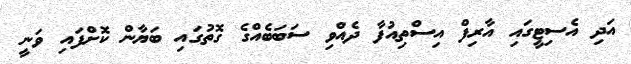
އަދި އެސިޓީގައި އާރިފް އިސްތިއުފާ ދެއްވި ސަބަބެއްގެ ގޮތުގައި ބަޔާން ކޮށްފައި ވަނީ